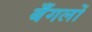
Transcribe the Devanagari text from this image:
बँगलों